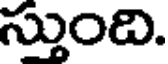
స్తుంది.